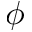
\phi